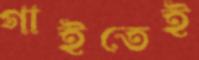
গাইতেই